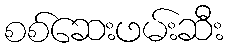
စစ်ဆေးဖမ်းဆီး